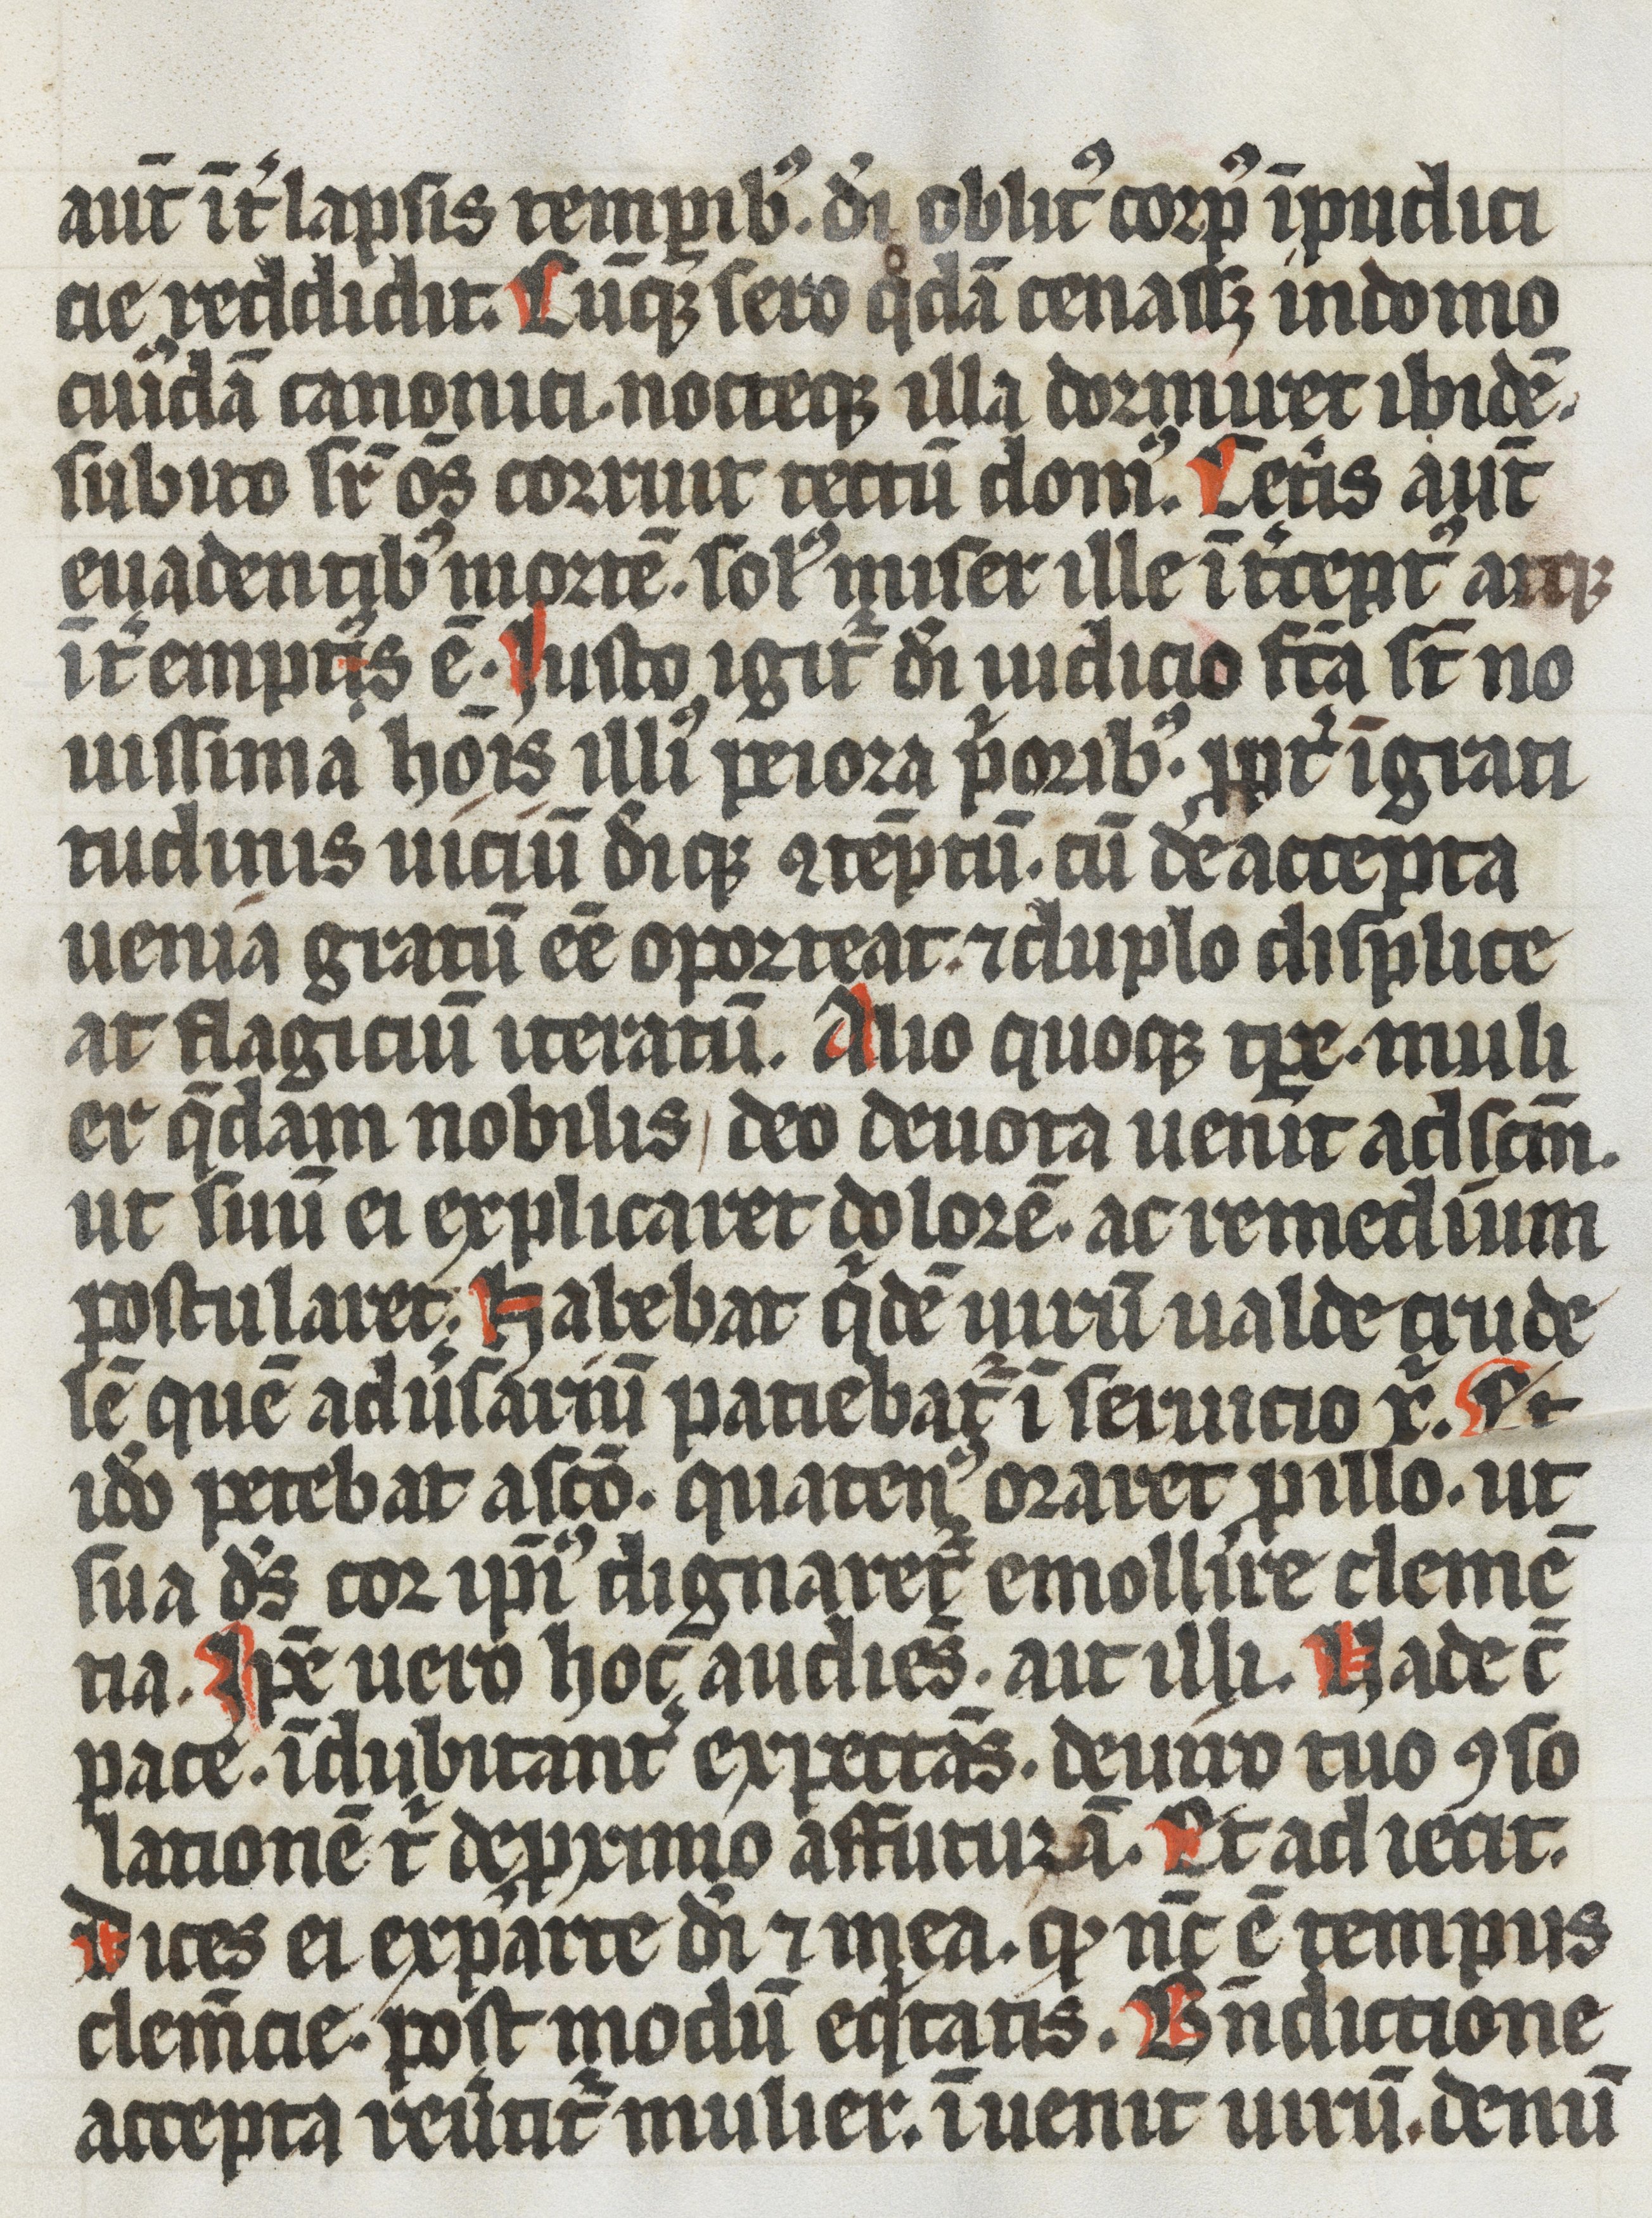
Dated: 1337–1337